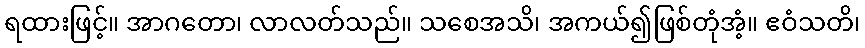
ရထားဖြင့်။ အာဂတော၊ လာလတ်သည်။ သစေအသိ၊ အကယ်၍ဖြစ်တုံအံ့။ ဧဝံသတိ၊